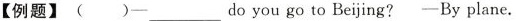
【例题】( )- ___do you go to Beijing?- By plane.